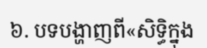
៦. បទបង្ហាញពី«សិទ្ធិក្នុង